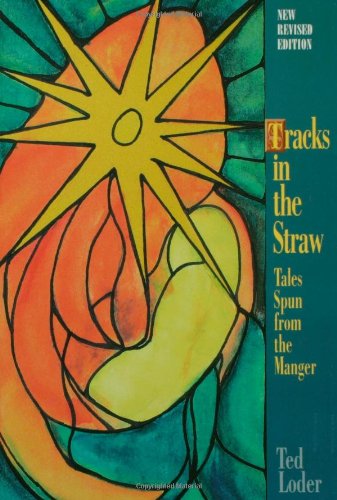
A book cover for Tracks in the Straw: Tales Spun from the Manger; Ted Loder; Religion & Spirituality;